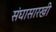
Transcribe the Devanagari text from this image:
संघासारखी